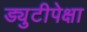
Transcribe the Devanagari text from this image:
ड्युटीपेक्षा